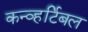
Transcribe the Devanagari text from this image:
कन्व्हर्टिबल